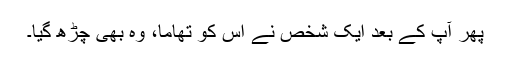
پھر آپ کے بعد ایک شخص نے اس کو تھاما، وہ بھی چڑھ گیا۔